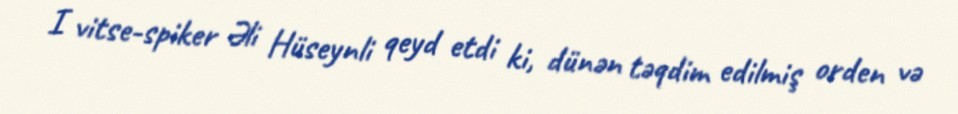
I vitse-spiker Əli Hüseynli qeyd etdi ki, dünən təqdim edilmiş orden və